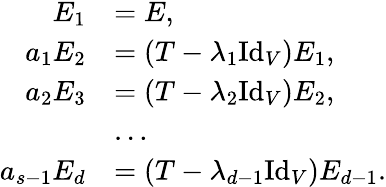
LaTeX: \begin{array}{rl}{E_{1}}&{=E,}\\ {a_{1}E_{2}}&{=(T-\lambda_{1}\mathrm{Id}_{V})E_{1},}\\ {a_{2}E_{3}}&{=(T-\lambda_{2}\mathrm{Id}_{V})E_{2},}\\ &{\ldots}\\ {a_{s-1}E_{d}}&{=(T-\lambda_{d-1}\mathrm{Id}_{V})E_{d-1}.}\end{array}